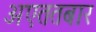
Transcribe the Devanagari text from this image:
अएततबार